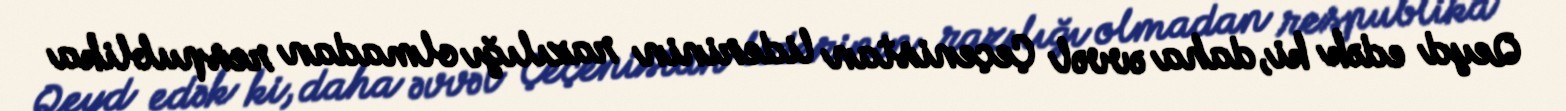
Qeyd edək ki, daha əvvəl Çeçenistan liderinin razılığı olmadan respublika